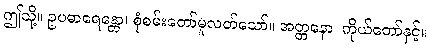
ဤသို့။ ဥပဓာရေန္တော၊ စုံစမ်းတော်မူလတ်သော်။ အတ္တနော၊ ကိုယ်တော်နှင့်။